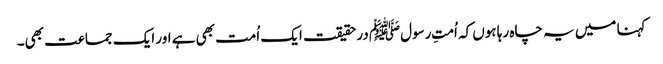
کہنا میں یہ چاہ رہا ہوں کہ اُمتِ رسولﷺ درحقیقت ایک اُمت بھی ہے اور ایک جماعت بھی۔